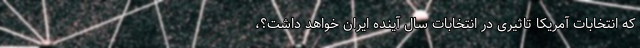
که انتخابات آمریکا تاثیری در انتخابات سال آینده ایران خواهد داشت؟،